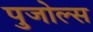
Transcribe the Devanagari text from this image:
पुजोल्स